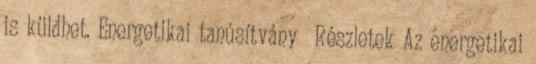
is küldhet. Energetikai tanúsítvány Részletek Az energetikai